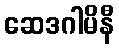
ဆေဒဂါမိနီ